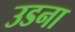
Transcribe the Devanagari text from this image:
उडना